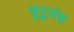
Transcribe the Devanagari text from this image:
चुटुवंश